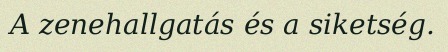
A zenehallgatás és a siketség.